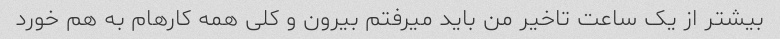
بیشتر از یک ساعت تاخیر من باید میرفتم بیرون و کلی همه کارهام به هم خورد